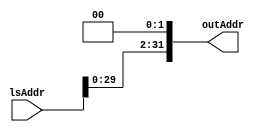
`timescale 1ns / 1ps

module SHL2b(
  input [31:0] lsAddr,
  output [31:0] outAddr
    );
  assign outAddr=lsAddr<<2;
endmodule